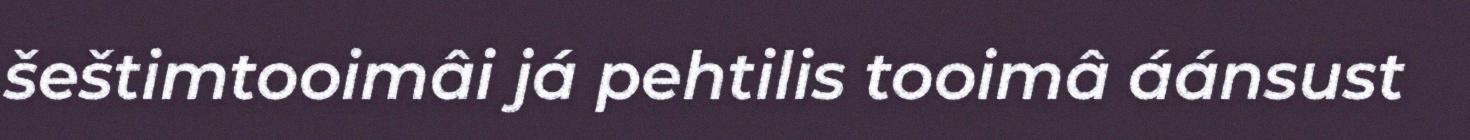
šeštimtooimâi já pehtilis tooimâ áánsust